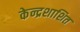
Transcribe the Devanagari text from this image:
केन्द्रशाशित